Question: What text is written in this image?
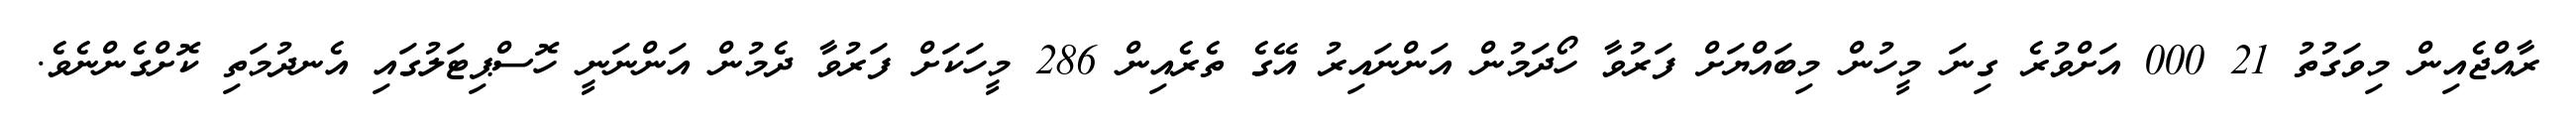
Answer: ރާއްޖެއިން މިވަގުތު 21 000 އަށްވުރެ ގިނަ މީހުން މިބައްޔަށް ފަރުވާ ހޯދަމުން އަންނައިރު އޭގެ ތެރެއިން 286 މީހަކަށް ފަރުވާ ދެމުން އަންނަނީ ހޮސްޕިޓަލުގައި އެނދުމަތި ކޮށްގެންނެވެ.